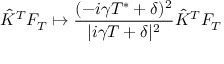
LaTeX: \hat { K } ^ { T } F _ { T } \mapsto \frac { ( - i \gamma T ^ { * } + \delta ) ^ { 2 } } { | i \gamma T + \delta | ^ { 2 } } \hat { K } ^ { T } F _ { T }